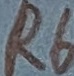
Text: R6